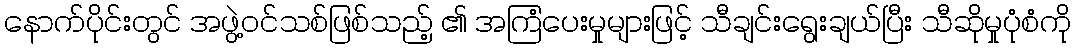
နောက်ပိုင်းတွင် အဖွဲ့ဝင်သစ်ဖြစ်သည့် ၏ အကြံပေးမှုများဖြင့် သီချင်းရွေးချယ်ပြီး သီဆိုမှုပုံစံကို